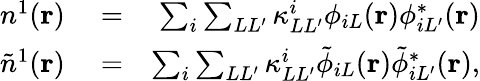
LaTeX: \begin{array}{rlr}{n^{1}({\mathbf r})}&{{}=}&{\sum_{i}\sum_{LL^{\prime}}\kappa_{LL^{\prime}}^{i}\phi_{iL}({\mathbf r})\phi_{iL^{\prime}}^{*}({\mathbf r})}\\ {\tilde{n}^{1}({\mathbf r})}&{{}=}&{\sum_{i}\sum_{LL^{\prime}}\kappa_{LL^{\prime}}^{i}\tilde{\phi}_{iL}({\mathbf r})\tilde{\phi}_{iL^{\prime}}^{*}({\mathbf r}),}\end{array}